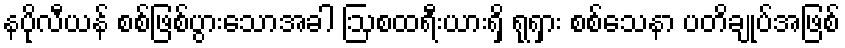
နပိုလီယန် စစ်ဖြစ်ပွားသောအခါ ဩစထရီးယားရှိ ရုရှား စစ်သေနာ ပတိချုပ်အဖြစ်